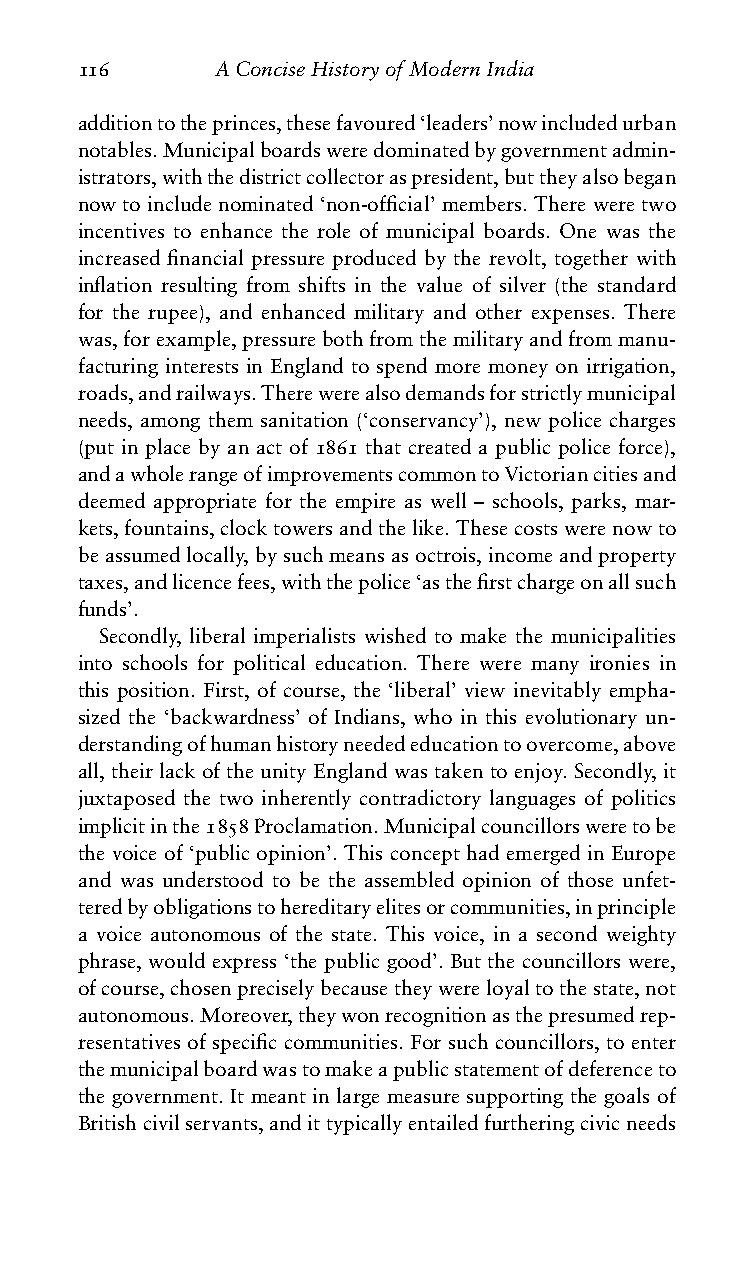
116      AConciseHistoryofModernIndia
 additiontotheprinces,thesefavoured‘leaders’nowincludedurban
 notables.Municipalboardsweredominatedbygovernmentadmin-
 istrators,withthedistrictcollectoraspresident,buttheyalsobegan
 now to include nominated ‘non-official’ members. There were two
 incentives to enhance the role of municipal boards. One was the
 increased financial pressure produced by the revolt, together with
 inflation resulting from shifts in the value of silver (the standard
 for the rupee), and enhanced military and other expenses. There
 was,forexample,pressurebothfromthemilitaryandfrommanu-
 facturing interests in England to spend more money on irrigation,
 roads,andrailways.Therewerealsodemandsforstrictlymunicipal
 needs, among them sanitation (‘conservancy’), new police charges
 (put in place by an act of 1861 that created a public police force),
 andawholerangeofimprovementscommontoVictoriancitiesand
 deemed appropriate for the empire as well – schools, parks, mar-
 kets,fountains,clocktowersandthelike.Thesecostswerenowto
 beassumedlocally,bysuchmeansasoctrois,incomeandproperty
 taxes,andlicencefees,withthepolice‘asthefirstchargeonallsuch
 funds’.
 Secondly, liberal imperialists wished to make the municipalities
 into schools for political education. There were many ironies in
 this position. First, of course, the ‘liberal’ view inevitably empha-
 sized the ‘backwardness’ of Indians, who in this evolutionary un-
 derstandingofhumanhistoryneedededucationtoovercome,above
 all,theirlackoftheunityEnglandwastakentoenjoy.Secondly,it
 juxtaposed the two inherently contradictory languages of politics
 implicitinthe1858Proclamation.Municipalcouncillorsweretobe
 the voice of ‘public opinion’. This concept had emerged in Europe
 and was understood to be the assembled opinion of those unfet-
 teredbyobligationstohereditaryelitesorcommunities,inprinciple
 a voice autonomous of the state. This voice, in a second weighty
 phrase, would express ‘the public good’. But the councillors were,
 ofcourse,chosenpreciselybecausetheywereloyaltothestate,not
 autonomous.Moreover,theywonrecognitionasthepresumedrep-
 resentatives of specific communities. For such councillors, to enter
 themunicipalboardwastomakeapublicstatementofdeferenceto
 the government. It meant in large measure supporting the goals of
 Britishcivilservants,andittypicallyentailedfurtheringcivicneeds